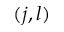
( j , l )